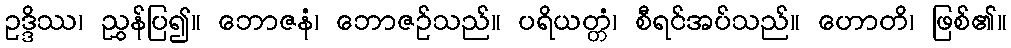
ဥဒ္ဒိဿ၊ ညွှန်ပြ၍။ ဘောဇနံ၊ ဘောဇဉ်သည်။ ပရိယတ္တံ၊ စီရင်အပ်သည်။ ဟောတိ၊ ဖြစ်၏။